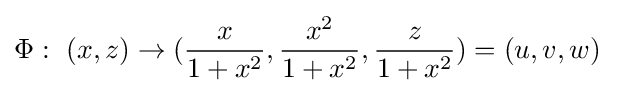
\Phi :\ (x,z)\rightarrow ({\frac {x}{1+x^{2}}},{\frac {x^{2}}{1+x^{2}}},{\frac {z}{1+x^{2}}})=(u,v,w)\